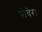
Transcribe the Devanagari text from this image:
पोवेरा